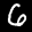
Label: 6